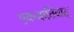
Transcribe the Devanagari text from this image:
एकजातिवाद